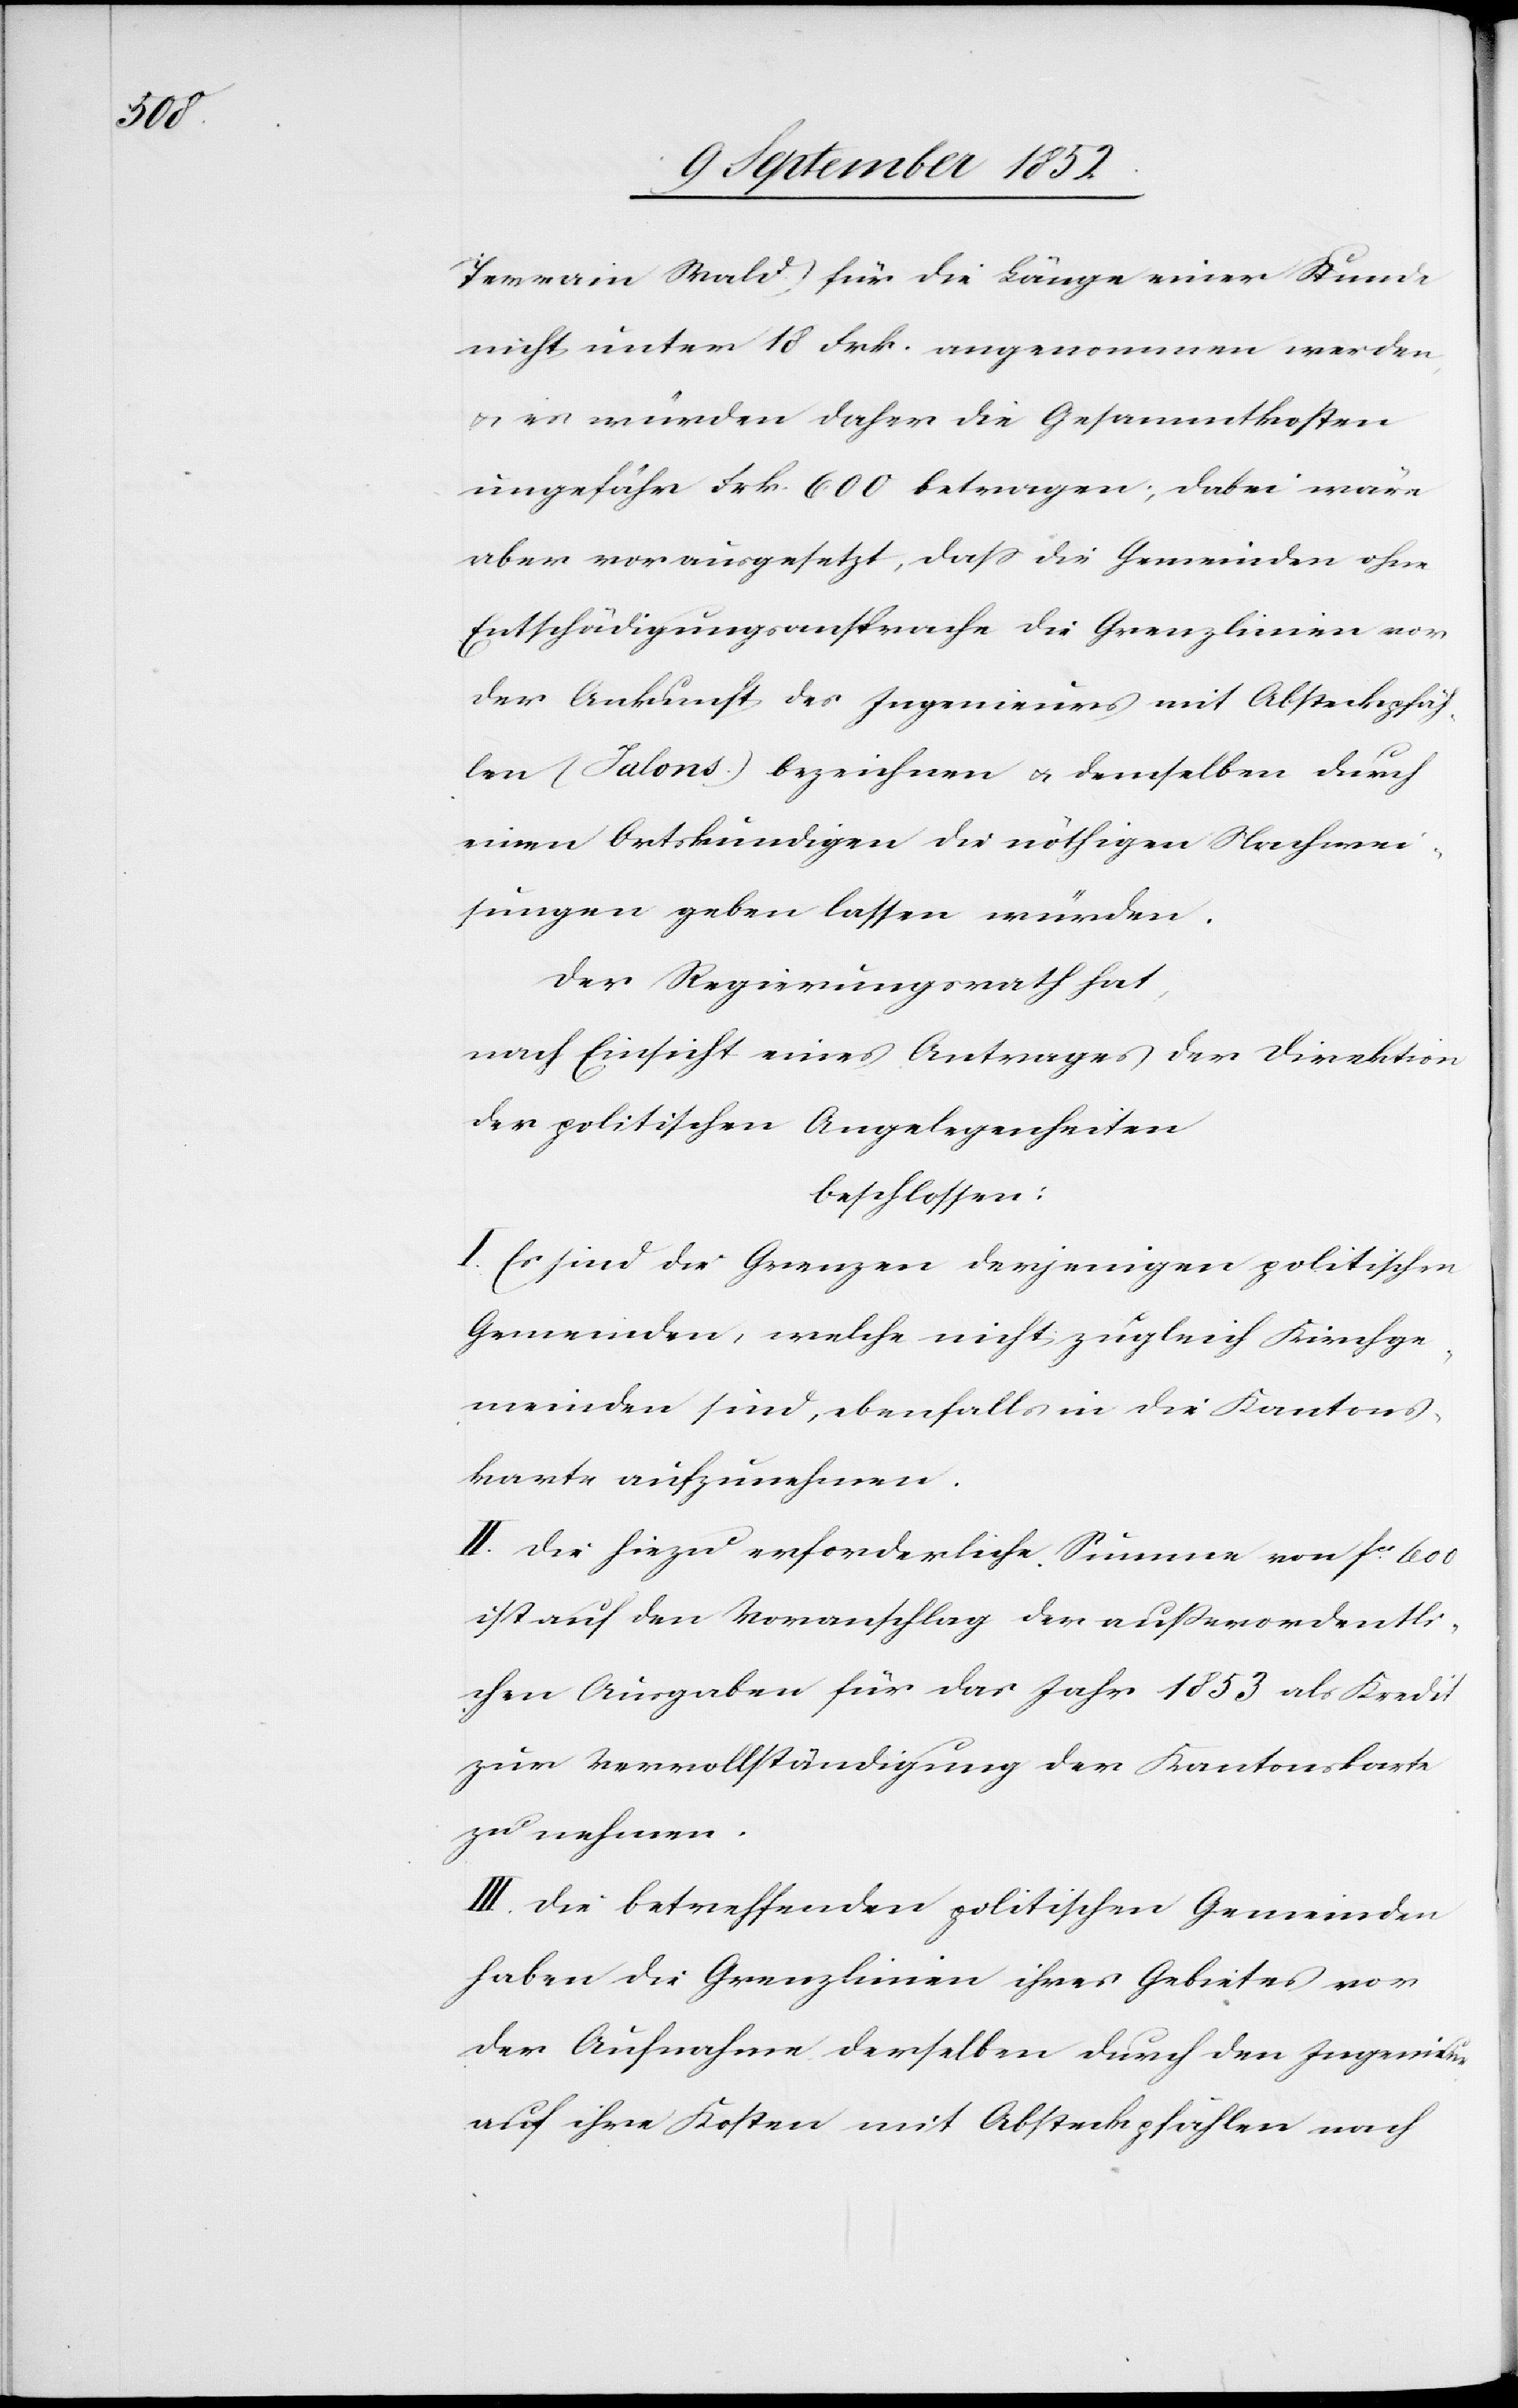
Terrain Wald) für die Länge einer Stunde
nicht unter 18 Frk. angenommen werden,
es würden daher die Gesammtkosten
ungefähr Frk. 600 betragen; dabei wäre
aber vorausgesetzt, dass die Gemeinden ohne
Entschädigungsansprache die Grenzlinien vor
der Ankunft des Ingenieurs mit Absteckpfäh¬
len (Jalons.) bezeichnen & demselben durch
einen Ortskundigen die nöthigen Nachwei¬
sungen geben lassen würden.
Der Regierungsrath hat,
nach Einsicht eines Antrages der Direktion
der politischen Angelegenheiten
beschlossen:
I. Es sind die Grenzen derjenigen politischen
Gemeinden, welche nicht zugleich Kirchge¬
meinden sind, ebenfalls in die Kantons¬
karte aufzunehmen.
II. Die hiezu erforderliche Summe von fcs. 600
ist auf den Voranschlag der außerordentli¬
chen Ausgaben für das Jahr 1853 als Kredit
zur Vervollständigung der Kantonskarte
zu nehmen.
III. Die betreffenden politischen Gemeinden
haben die Grenzlinien ihres Gebietes vor
der Aufnahme derselben durch den Ingenieur
auf ihre Kosten mit Absteckpfählen nach